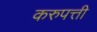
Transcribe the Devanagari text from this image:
करुपत्ती